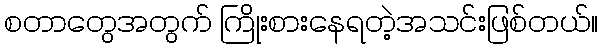
စတာတွေအတွက် ကြိုးစားနေရတဲ့အသင်းဖြစ်တယ်။